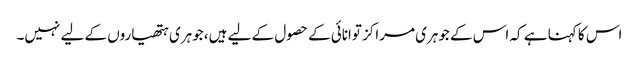
اس کا کہنا ہے کہ اس کے جوہری مراکز توانائی کے حصول کے لیے ہیں، جوہری ہتھیاروں کے لیے نہیں۔